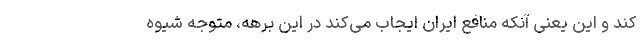
کند و این یعنی آنکه منافع ایران ایجاب می‌کند در این برهه، متوجه شیوه